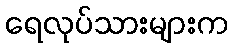
ရေလုပ်သားများက